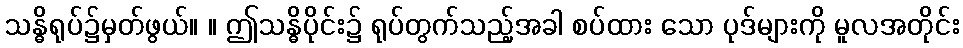
သန္ဓိရုပ်၌မှတ်ဖွယ်။ ။ ဤသန္ဓိပိုင်း၌ ရုပ်တွက်သည့်အခါ စပ်ထား သော ပုဒ်များကို မူလအတိုင်း